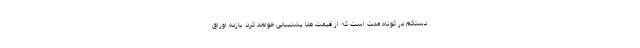
دستکم در کوتاه مدت است که از قیمت طلا پشتیبانی خواهد کرد. بازده اوراق